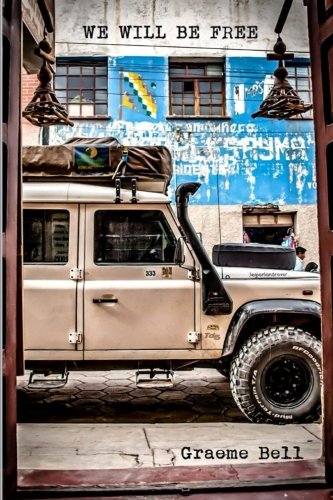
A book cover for We Will Be Free: Overlanding In Africa and Around South America; Mr Graeme Robert Bell; Travel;